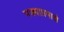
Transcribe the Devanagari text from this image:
पत्र्याप्रमाणे